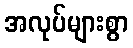
အလုပ်များစွာ